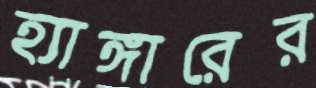
হ্যাঙ্গারের